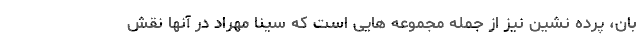
بان، پرده نشین نیز از جمله مجموعه هایی است که سینا مهراد در آنها نقش